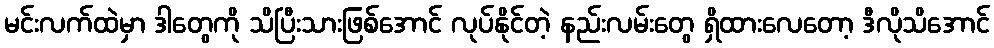
မင်းလက်ထဲမှာ ဒါတွေကို သိပြီးသားဖြစ်အောင် လုပ်နိုင်တဲ့ နည်းလမ်းတွေ ရှိထားလေတော့ ဒီလိုသိအောင်